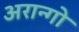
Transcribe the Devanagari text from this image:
अरान्गो